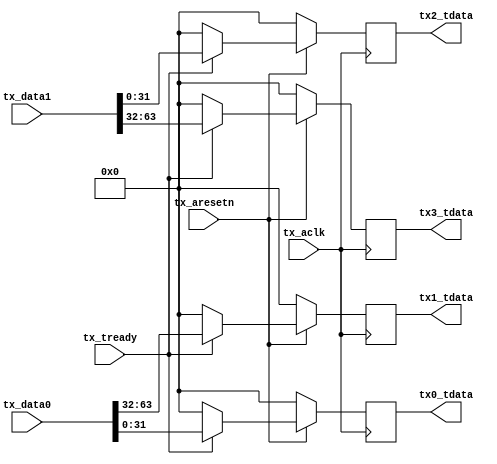
//---------------------------------------------------------------------
// Title   : Tx Lane Data Mapper
// Project : JESD204
//---------------------------------------------------------------------
//---------------------------------------------------------------------
// Description:
//
//---------------------------------------------------------------------
// (c) Copyright 2012-2013 Xilinx, Inc. All rights reserved.
//
// This file contains confidential and proprietary information
// of Xilinx, Inc. and is protected under U.S. and
// international copyright and other intellectual property
// laws.
//
// DISCLAIMER
// This disclaimer is not a license and does not grant any
// rights to the materials distributed herewith. Except as
// otherwise provided in a valid license issued to you by
// Xilinx, and to the maximum extent permitted by applicable
// law: (1) THESE MATERIALS ARE MADE AVAILABLE "AS IS" AND
// WITH ALL FAULTS, AND XILINX HEREBY DISCLAIMS ALL WARRANTIES
// AND CONDITIONS, EXPRESS, IMPLIED, OR STATUTORY, INCLUDING
// BUT NOT LIMITED TO WARRANTIES OF MERCHANTABILITY, NON-
// INFRINGEMENT, OR FITNESS FOR ANY PARTICULAR PURPOSE; and
// (2) Xilinx shall not be liable (whether in contract or tort,
// including negligence, or under any other theory of
// liability) for any loss or damage of any kind or nature
// related to, arising under or in connection with these
// materials, including for any direct, or any indirect,
// special, incidental, or consequential loss or damage
// (including loss of data, profits, goodwill, or any type of
// loss or damage suffered as a result of any action brought
// by a third party) even if such damage or loss was
// reasonably foreseeable or Xilinx had been advised of the
// possibility of the same.
//
// CRITICAL APPLICATIONS
// Xilinx products are not designed or intended to be fail-
// safe, or for use in any application requiring fail-safe
// performance, such as life-support or safety devices or
// systems, Class III medical devices, nuclear facilities,
// applications related to the deployment of airbags, or any
// other applications that could lead to death, personal
// injury, or severe property or environmental damage
// (individually and collectively, "Critical
// Applications"). Customer assumes the sole risk and
// liability of any use of Xilinx products in Critical
// Applications, subject only to applicable laws and
// regulations governing limitations on product liability.
//
// THIS COPYRIGHT NOTICE AND DISCLAIMER MUST BE RETAINED AS
// PART OF THIS FILE AT ALL TIMES.
//
//----------------------------------------------------------------------------
module mapper(
  input             tx_aclk,
  input             tx_aresetn,

  // Channel 0 data - 4 16-bit 'samples' per clock
  input [63:0]      tx_data0,
  // Channel 1 data - 4 16-bit 'samples' per clock
  input [63:0]      tx_data1,

  input             tx_tready,
  
  // AXI-S Lane 0 to JESD204 Tx core
  output reg [31:0] tx0_tdata,

  // AXI-S Lane 1 to JESD204 Tx core
  output reg [31:0] tx1_tdata,

  // AXI-S Lane 2 to JESD204 Tx core
  output reg [31:0] tx2_tdata,
  
  // AXI-S Lane 3 to JESD204 Tx core
  output reg [31:0] tx3_tdata
  );


  //===========================================
  // Tx Sample Mapping - LMF = 421 mode eg NXP DAC1628
  //===========================================

  always @(posedge tx_aclk)
  begin

    if (tx_aresetn == 1'b0) begin

      tx0_tdata  <= 32'b0;
      tx1_tdata  <= 32'b0;
      tx2_tdata  <= 32'b0;
      tx3_tdata  <= 32'b0;

    end

    else begin
      
      if (tx_tready) begin
        tx0_tdata  <= tx_data0[31:0];      // Lane 0
        tx1_tdata  <= tx_data0[63:32];     // Lane 1
        tx2_tdata  <= tx_data1[31:0];      // Lane 2
        tx3_tdata  <= tx_data1[63:32];     // Lane 3
      end
      else begin
        tx0_tdata  <= 64'b0;
        tx1_tdata  <= 64'b0;
        tx2_tdata  <= 64'b0;
        tx3_tdata  <= 64'b0;
      end

    end

  end

endmodule